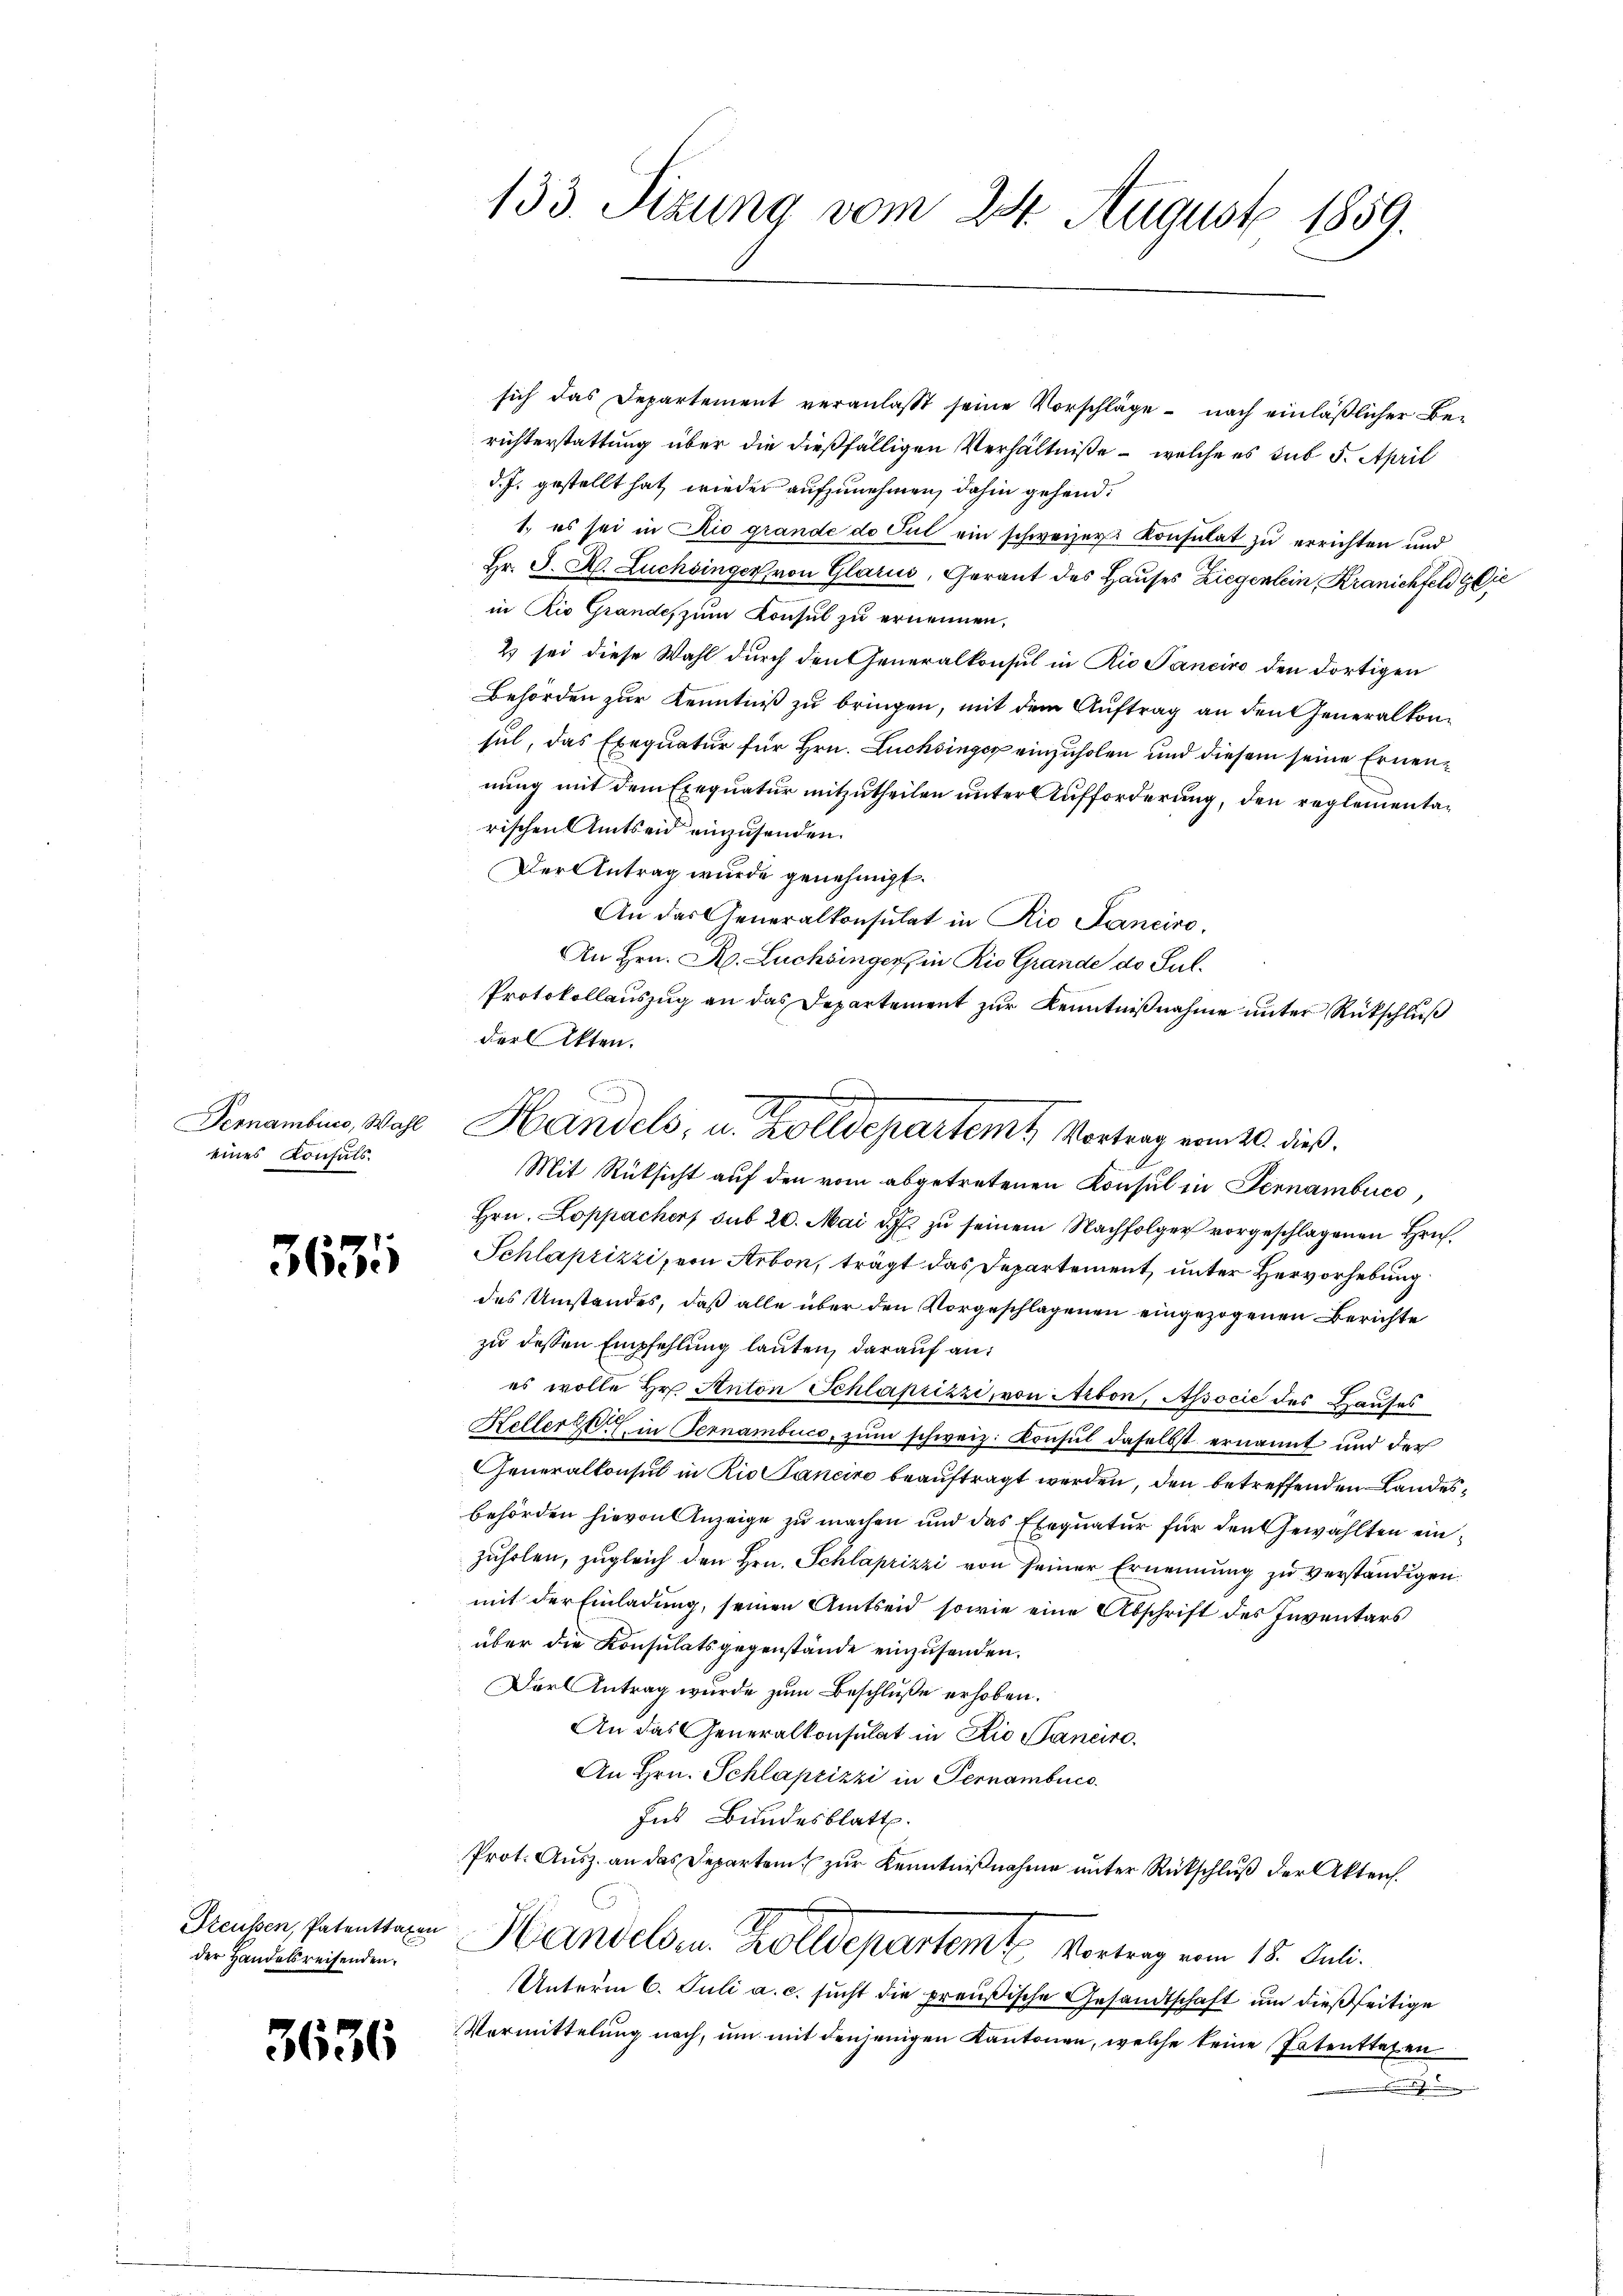
Fernambico, Wahl
eines Konsuls.

3635

der Handelsreisenden.

3636

133. Sizung vom 24. August 1859.

sich das Departement veranlasst seine Vorschläge - nach einläßlicher Be-
richterstattung über die dießfälligen Verhältniße – welche es sub 5. April
d. J. gestellt hat, wieder aufzunehmen, dahin gehend:
1.) es sei in Rio grande do Pul ein schweizer Konsulat zu errichten und
Hr. J. A. Luchsinger von Glarus, Gerant des Hauses Ziegenlein, Kranichfeld gie
in Rio Grande, zum Konsul zu ernennen.
2) sei diese Wahl durch den Generalkonsul in Rio Panciro den dortigen
Behörden zur Kenntniß zu bringen, mit dem Auftrag an den Generalkonsul, das Exequatur für Hrn. Luchsinger einzuholen und diesem seine Ernennung mit dem Exequatur mitzutheilen unter Aufforderung, den reglementarischen Amtseid einzusenden.
Der Antrag wurde genehmigt.
An das Generalkonsulat in Rio Sanciro,
An Hrn. R. Luchbinger, in Rio Grande do Sul.
Protokollauszug an das Departement zur Kenntnißnahme unter Rückschluß
der Akten.
Mit Rüksicht auf den vom abgetretenen Konsul in Sennambuco,
Hrn. Loppacher sub 20. Mai d. J. zu seinem Nachfolger vorgeschlagenen Hrn.
Schlaprizzi, von Arbon, trägt das Departement, unter Hervorhebung
des Umstandes, daß alle über den Vorgeschlagenen eingezogenen Berichte
zu dessen Empfehlung lauten, darauf an:
es wolle Hr. Anton Schlaprizzi, von Arbon, Associe des Hauses
Kellerst in Fernambuco, zum schweiz. Konsul daselbst ernannt und der
Generalkonsul in Rio Canciro beauftragt werden, den betreffenden Landesbehörden hievon Anzeige zu machen und das Exequatur für den Gewählten einzuhrlen, zugleich den Hrn. Schlaprizzi von seiner Ernennung zu verständigen.
mit der Einladung, seinen Amtseid sowie eine Abschrift des Inventars
über die Konsulatsgegenstände einzusenden.
Darl Antrag wurde zum Beschluße erhoben.
An das Generalkonsulat in die Sancire
An Hrn. Schlaprizzi in Pernambuc
Jus Bundesblatt.
Prot. Ausz. an das Departen zur Kenntnißnahme unter Rückschluß der Akten.
Grauben, Patenttaren Handelsen. Zolldepartemt Vortrag vom 15. Juli.
Unterm 6. Juli a.c. sucht die preußische Gesandtschaft um dießseitige
Vormittelung nach, um mit denjenigen Kantonen, welche keine Patenttegen
h

.
2
Handels, u. Zolldepartem Vortrag vom 20. dieß.